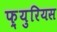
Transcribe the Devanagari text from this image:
फ़्युरियस